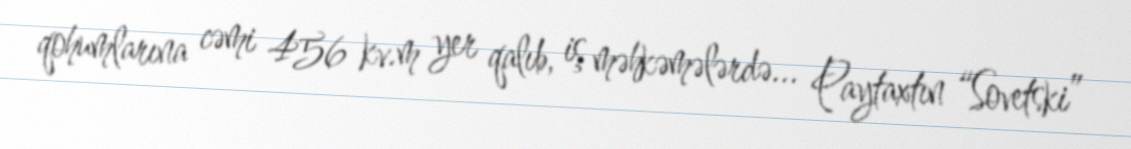
qohumlarına cəmi 456 kv.m yer qalıb, iş məhkəmələrdə... Paytaxtın “Sovetski”